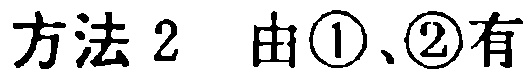
方法2 由\textcircled{1}、\textcircled{2}有